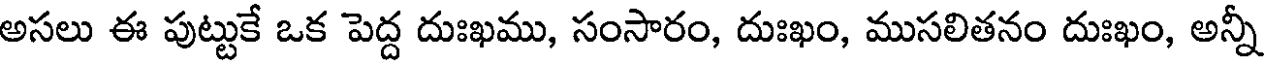
అసలు ఈ పుట్టుకే ఒక పెద్ద దుఃఖము, సంసారం, దుఃఖం, ముసలితనం దుఃఖం, అన్నీ